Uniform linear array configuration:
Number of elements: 16
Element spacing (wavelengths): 0.5
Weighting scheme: cosine
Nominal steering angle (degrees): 0
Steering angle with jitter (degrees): -1.248
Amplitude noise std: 0.05
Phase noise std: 0.05

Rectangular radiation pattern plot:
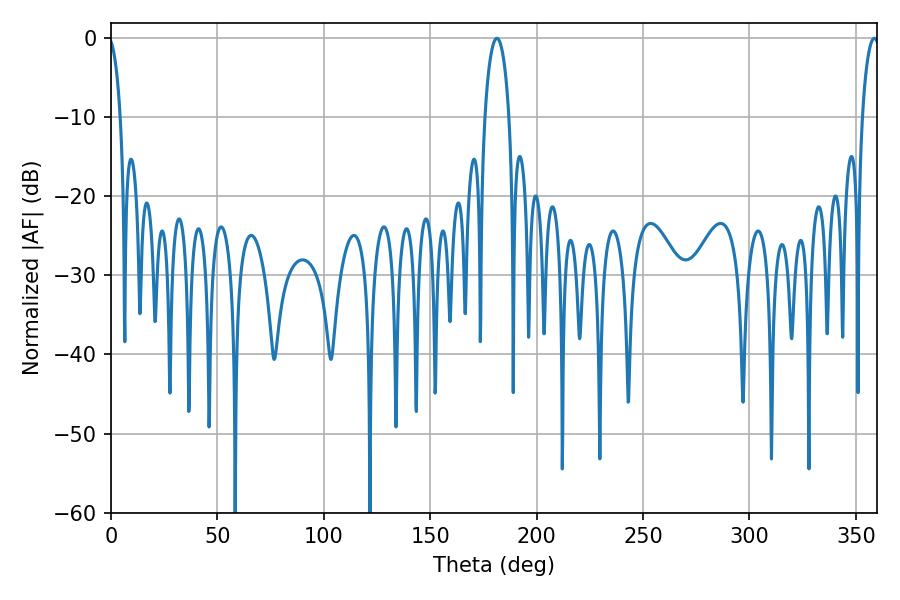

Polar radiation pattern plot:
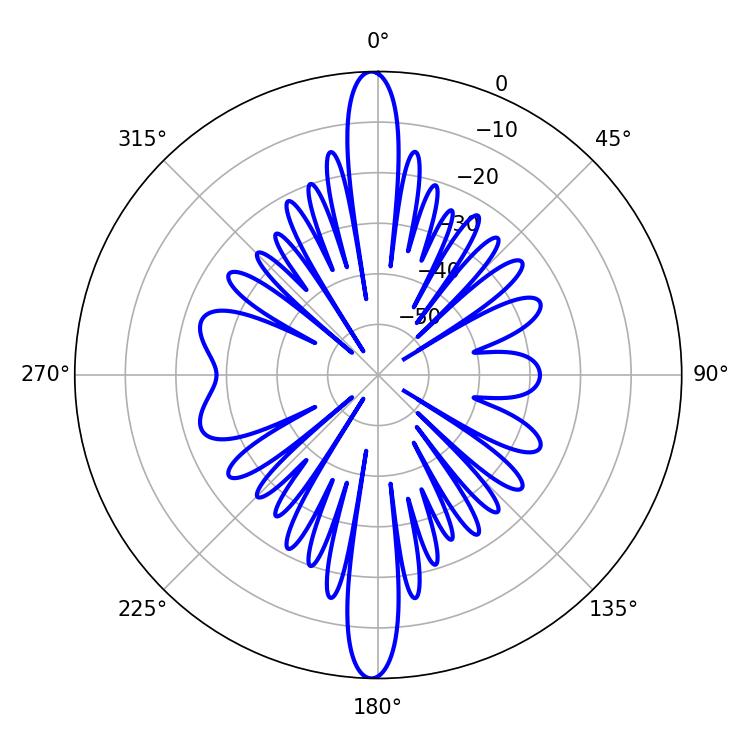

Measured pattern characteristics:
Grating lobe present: FALSE
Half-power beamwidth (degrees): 6.48
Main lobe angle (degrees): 181.26